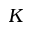
K